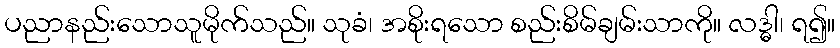
ပညာနည်းသောသူမိုက်သည်။ သုခံ၊ အစိုးရသော စည်းစိမ်ချမ်းသာကို။ လဒ္ဓါ၊ ရ၍။